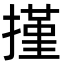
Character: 㨷